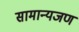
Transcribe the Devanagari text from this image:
सामान्यजण